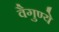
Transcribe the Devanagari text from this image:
वैगुण्ये